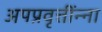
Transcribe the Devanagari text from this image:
अपप्रवृत्तींन्ना